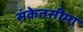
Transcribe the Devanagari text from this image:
संकेतसीमा